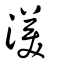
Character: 渼